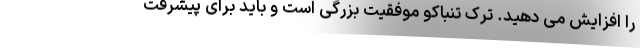
را افزایش می دهید. ترک تنباکو موفقیت بزرگی است و باید برای پیشرفت